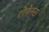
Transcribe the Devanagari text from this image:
रोमेनस